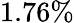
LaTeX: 1.76\%